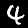
Digit: 4